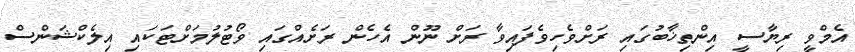
އެމްވީ ރިޔާސީ އިންތިޚާބުގައި ރަށްވެހިވެފައިވާ ރަށް ނޫން އެހެން ރަށެއްގައި ވޯޓުލުމަށްޓަކައި އިލެކްޝަންސް